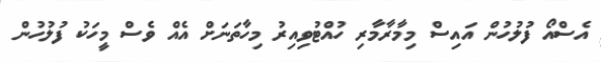
އެސްއޯ ފުލުހުން އައިސް މިމާރާމާރި ހުއްޓުވިިއިރު މިހާތަނަށް އެއް ވެސް މީހަކު ފުލުހުން